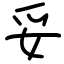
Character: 妥